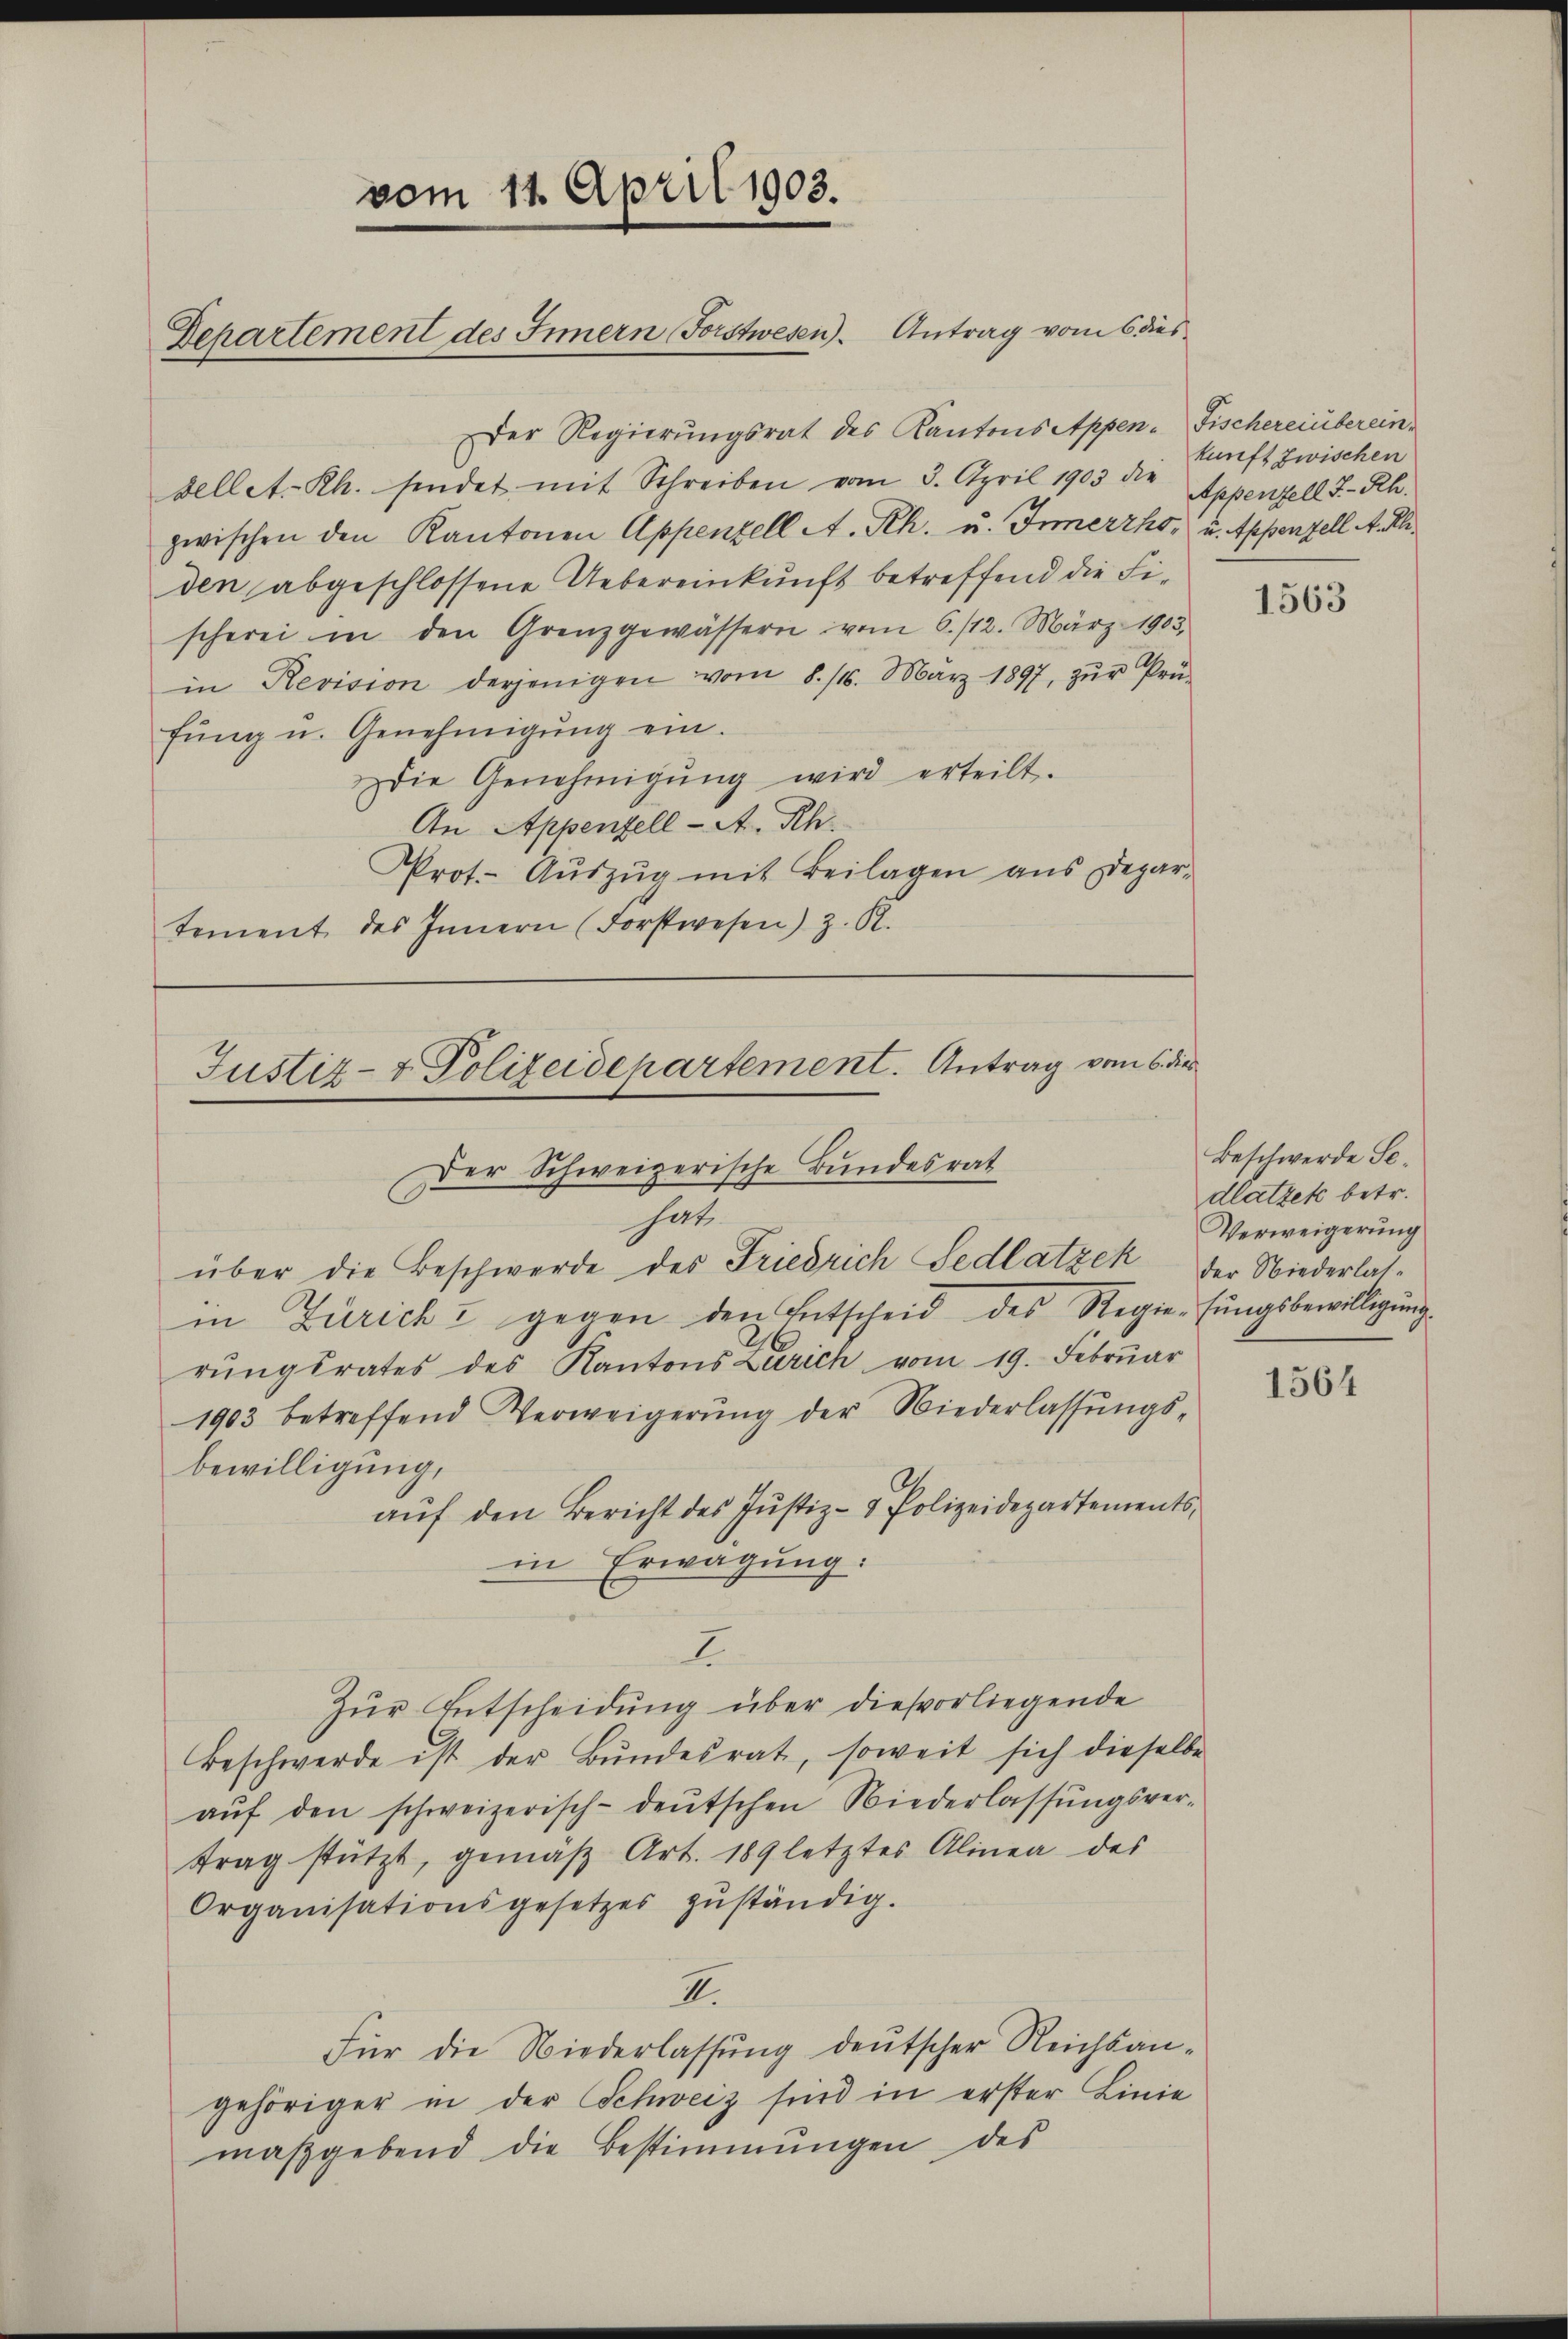
vom 11. April 1903.
Departement des Innern Forstwesen. Antrag vom 6. dies

Der Regierungsrat des Kantons Appen- Fischereinbereinsellet-Rh. sendet mit Schreiben vom 3. April 1903 die Appenzell I.-Rh.
zwischen den Kantonen Appenzell A. Rh. u. Innerrho, u. Appenzell A. Rh.
den abgeschlossene Uebereinkunft betreffend die Fischerei in den Grenzgewässern vom 6./12. März 1903.
in Revision derjenigen vom 8. 14. März 1897, zŭr Prü-
fung u. Genehmigung ein.
Die Genehmigŭng wird erteilt.
An Appenzell A. Rh.
Prot. Aŭszŭg mit Beilagen ans Depar-
tement des Innern (Forstwesen) z. R.

Justiz- & Polizeidepartement. Antrag vom 6. die
Der Schweizerische Bundesrat
hat,
über die Beschwerde des Friedrich Sedlatzek der Niederlas¬

kunft zwischen

in Zürich u. gegen den Entscheid des Regie-fungsbewilligung
rŭngsrates des Kantons Zürich vom 19. Februar
1903 betreffend Verweigerŭng der Niederlassŭngs-
bewilligung,
auf den Bericht des Justiz- & Polizeidepartements,
in Erwägung.
I
Zur Entscheidung über diesvorliegende
Beschwerde ist der Bŭndesrat, soweit sich dieselbe
aŭf den schweizerisch-deŭtschen Niederlassŭngsver-
trag stützt, gemäβ Art. 189 letztes Alinea des
Organisationsgesetzes zŭständig.
II.
Für die Niederlassung deutscher Reichsangehöriger in der Schweiz sind in erster Linie
maßgebend die Bestimmungen des

1563

Beschwerde Sedlatzek betr.
Verweigerung

1564